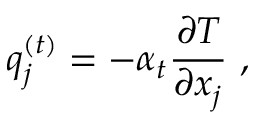
q _ { j } ^ { \left( t \right) } = - \alpha _ { t } \frac { { \partial T } } { { \partial { x _ { j } } } } \mathrm { ~ , ~ }